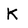
Character: K